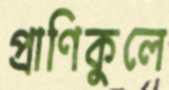
প্রাণিকুলে